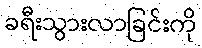
ခရီးသွားလာခြင်းကို